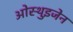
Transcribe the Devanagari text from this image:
ओस्थुइजेन